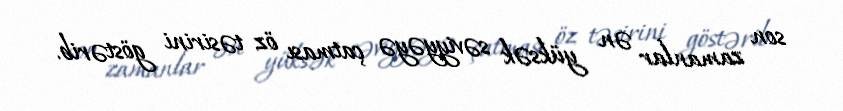
son zamanlar ən yüksək səviyyəyə çatması öz təsirini göstərib.